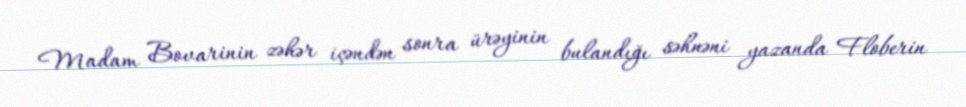
Madam Bovarinin zəhər içəndən sonra ürəyinin bulandığı səhnəni yazanda Floberin